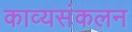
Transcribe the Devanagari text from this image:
काव्यसंकलन